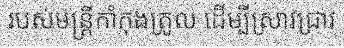
របស់មន្ត្រីកាំកុងត្រូល ដើម្បីស្រាវជ្រាវ